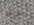
يسرنى